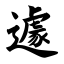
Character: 遽